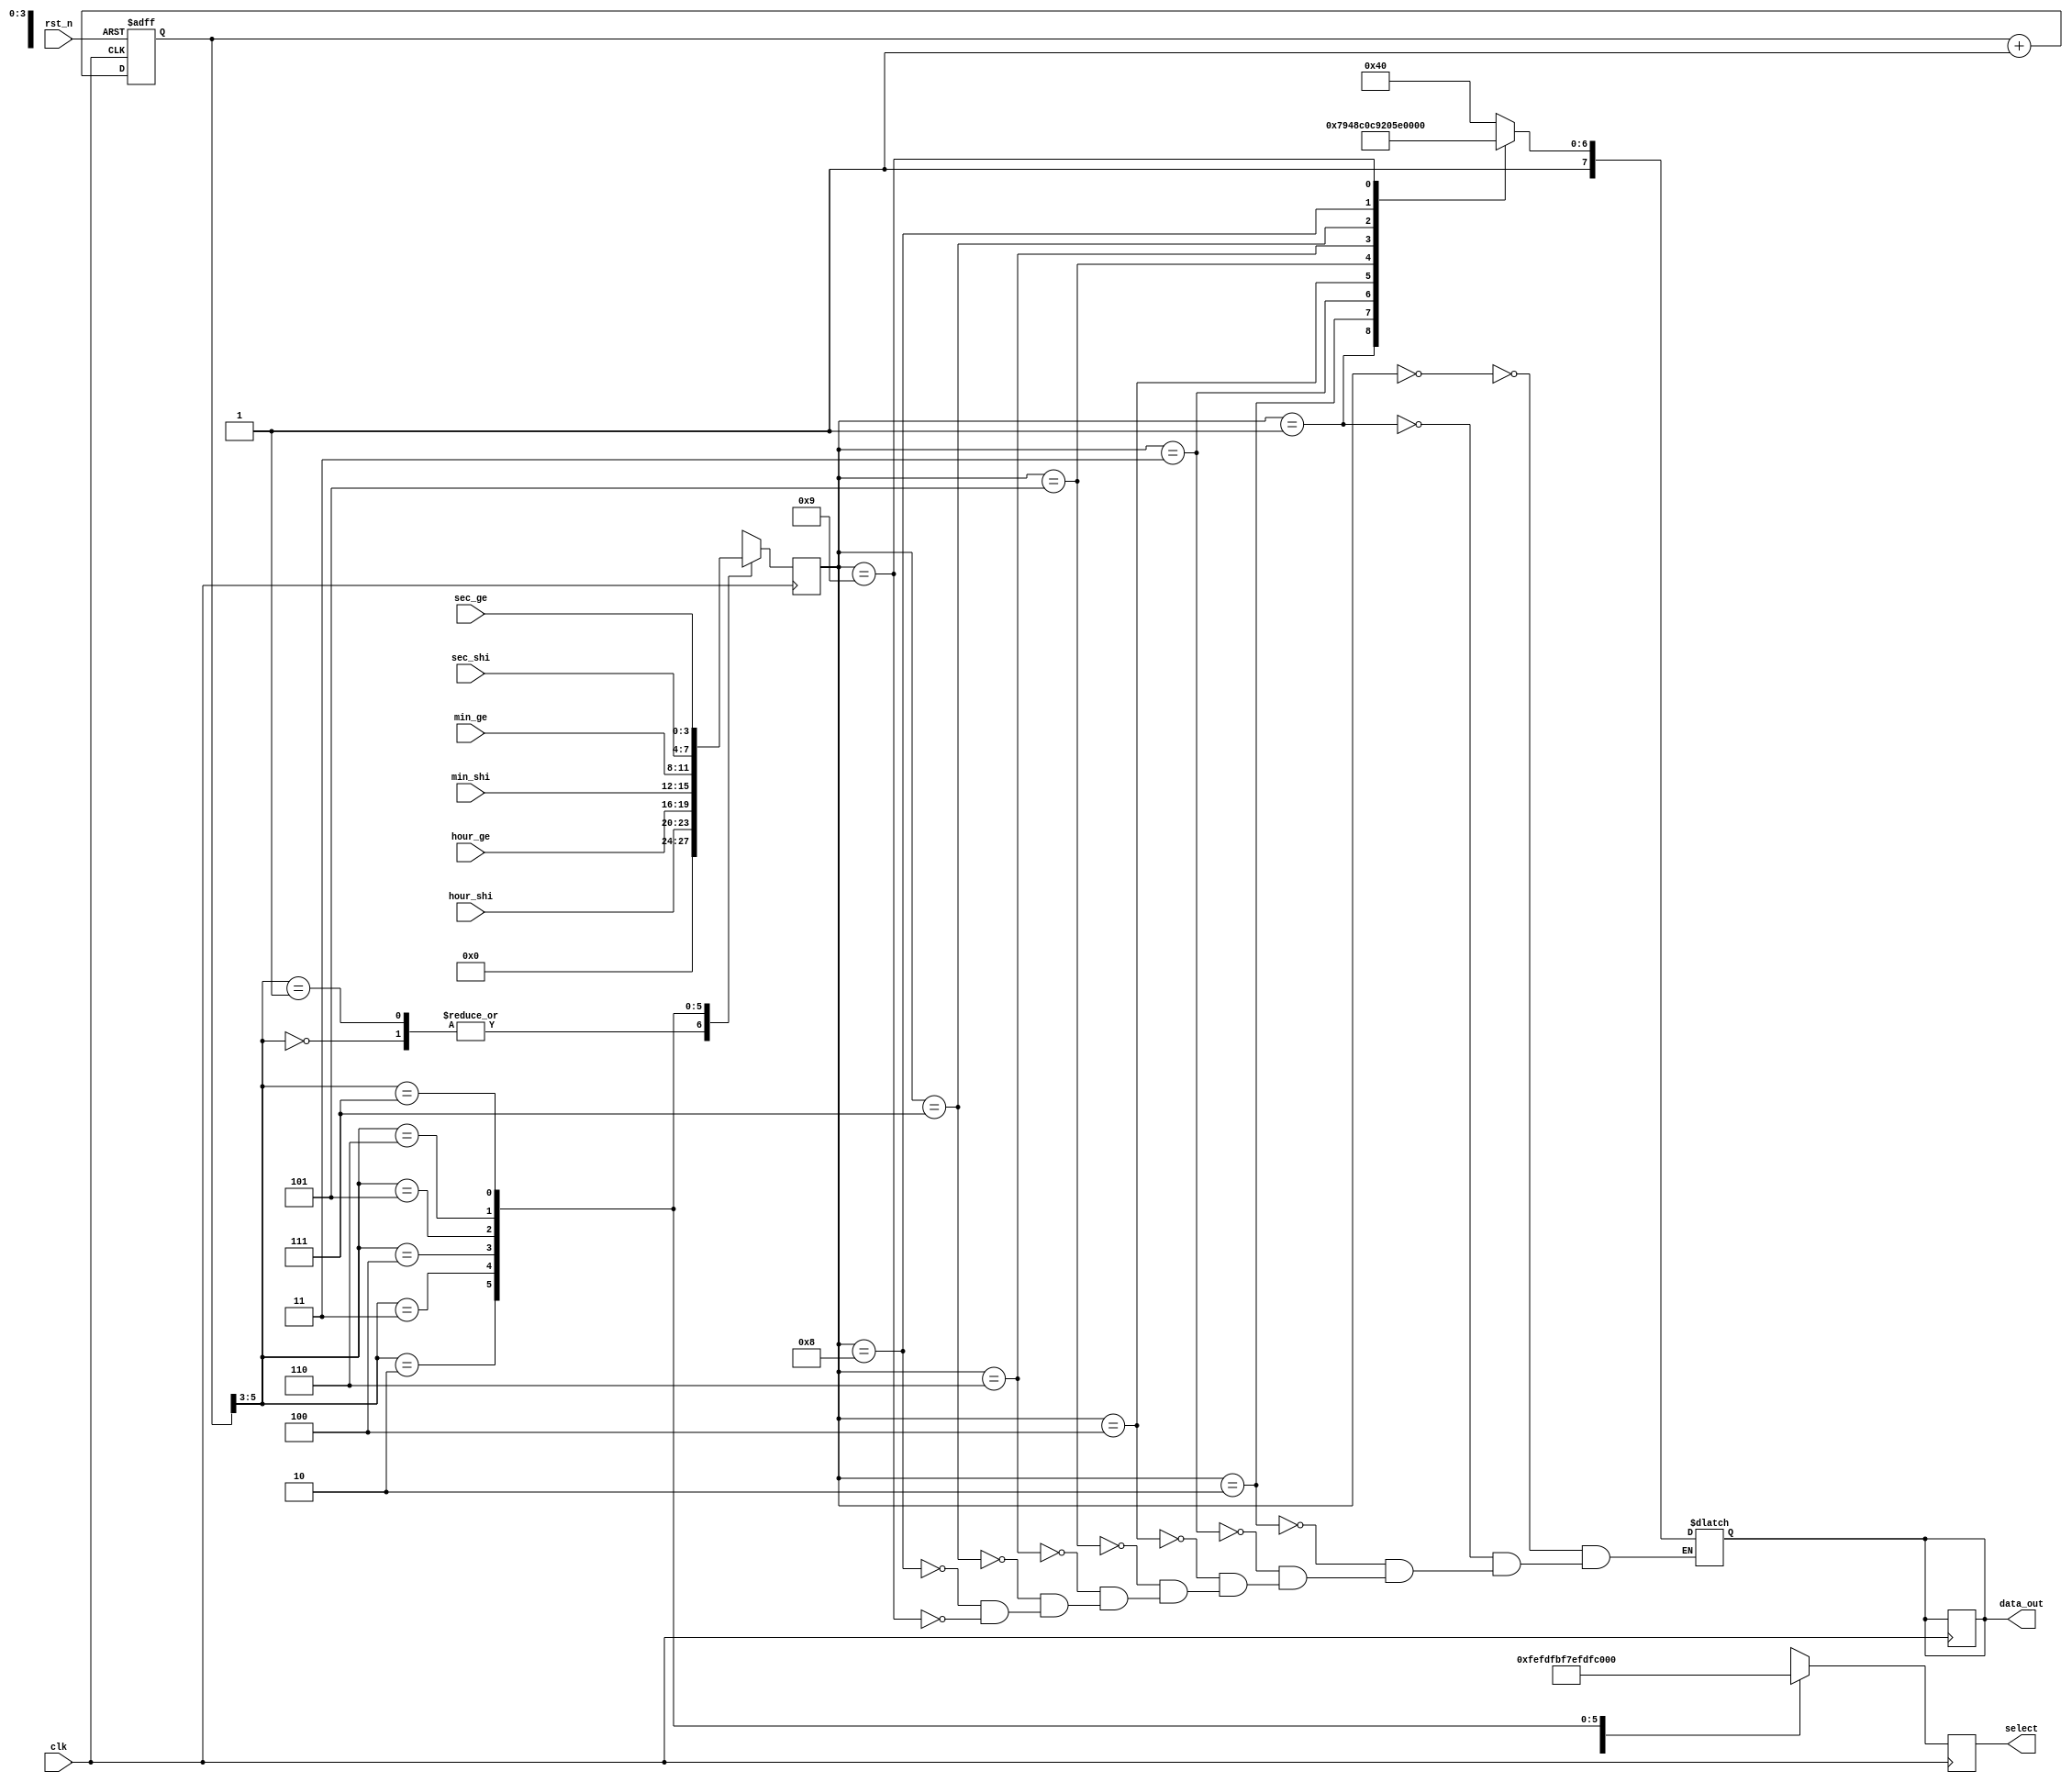
module display_ctrl(
    input   clk,
    input   rst_n,
    input   [3:0]   sec_ge,
    input   [3:0]   sec_shi,
    input   [3:0]   min_ge,
    input   [3:0]   min_shi,
    input   [3:0]   hour_ge,
    input   [3:0]   hour_shi,
    output  [7:0]   data_out,
    output  [7:0]   select
);

reg [7:0]  data;    //
reg [7:0]  sel;     //
reg [3:0]  display_data=0;

//========================================================//
reg [10:0] m=0;
 
always @ ( posedge clk or negedge rst_n)    begin
    if(!rst_n)  begin
        m <= 0;
    end
    else    begin
        m <= m+1;
    end
end  

//-----------------------------------//
always@( posedge clk)   begin
    case(m[5:3])
        0: begin
            display_data<=4'b0000;
            sel<=8'b1111_1110;
        end
        1: begin
            display_data<=4'b0000;
            sel<=8'b1111_1101;
        end
        2: begin
            display_data<=hour_shi;
            sel<=8'b1111_1011;
        end
        3: begin
            display_data<=hour_ge;
            sel<=8'b1111_0111;
        end
        4: begin
            display_data<=min_shi;
            sel<=8'b1110_1111;
        end
        5: begin
            display_data<=min_ge;
            sel<=8'b1101_1111;
        end
        6: begin
            display_data<=sec_shi;
            sel<=8'b1011_1111;
        end
        7: begin
            display_data<=sec_ge;
            sel<=8'b0111_1111;
        end
        default:begin
            data<=8'b0;
            sel<=8'b0;
        end 
    endcase  
end

//--------------------------------//
always @(display_data)  begin
    case(display_data)                      //
        4'h0:data = 8'hc0;//0
        4'h1:data = 8'hf9;//1
        4'h2:data = 8'ha4;//2
        4'h3:data = 8'hb0;//3
        4'h4:data = 8'h99;//4
        4'h5:data = 8'h92;//5
        4'h6:data = 8'h82;//6
        4'h7:data = 8'hf8;//7
        4'h8:data = 8'h80;//8
        4'h9:data = 8'h90;//9
        default data = data;
    endcase
end
//======================================================================//

assign  select = sel;
assign  data_out = data;

endmodule